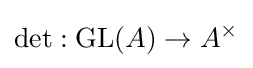
\det :\operatorname {GL} (A)\to A^{\times }